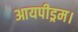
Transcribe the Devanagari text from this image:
आयपीड्रम।